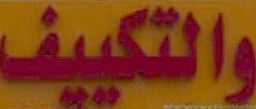
والتكييف